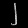
Digit: ၂